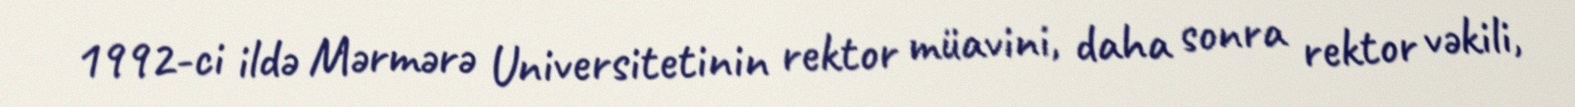
1992-ci ildə Mərmərə Universitetinin rektor müavini, daha sonra rektor vəkili,